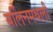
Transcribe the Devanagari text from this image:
बर्लिनमधली